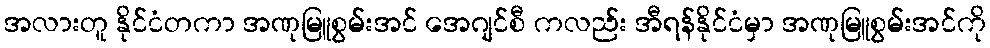
အလားတူ နိုင်ငံတကာ အဏုမြူစွမ်းအင် အေဂျင်စီ ကလည်း အီရန်နိုင်ငံမှာ အဏုမြူစွမ်းအင်ကို